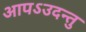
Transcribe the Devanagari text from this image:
आपऽउदन्तु